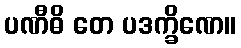
ပဏီဓိ တေ ပဒက္ခိဏေ။